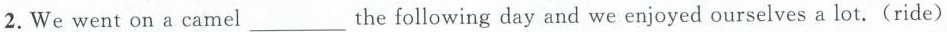
2.We went on a camel___the following day and we enjoyed ourselves a lot.(ride)